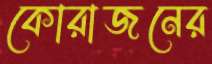
কোরাজনের